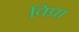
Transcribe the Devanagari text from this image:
विप्रा